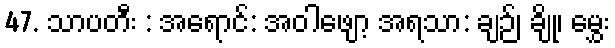
47. သာပတီး : အရောင်: အဝါဖျော့ အရသာ: ချဉ်၊ ချို၊ မွှေး